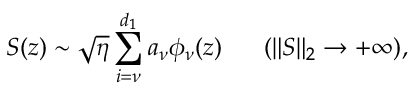
S ( z ) \sim \sqrt { \eta } \sum _ { i = \nu } ^ { d _ { 1 } } a _ { \nu } \phi _ { \nu } ( z ) \ \ \ \ \ ( \| S \| _ { 2 } \to + \infty ) ,